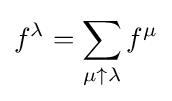
f^{\lambda }=\sum _{\mu \uparrow \lambda }f^{\mu }